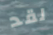
لقد